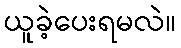
ယူခဲ့ပေးရမလဲ။